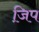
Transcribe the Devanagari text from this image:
जि़प